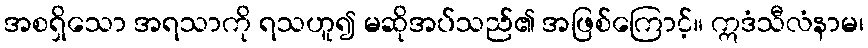
အစရှိသော အရသာကို ရသဟူ၍ မဆိုအပ်သည်၏ အဖြစ်ကြောင့်။ ဣဒံသီလံနာမ၊